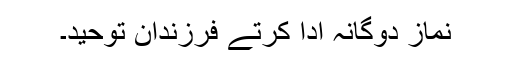
نماز دوگانہ ادا کرتے فرزندان توحید۔